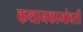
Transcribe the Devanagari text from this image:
कथानकाभोवती